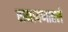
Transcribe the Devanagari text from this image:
रामायणातले